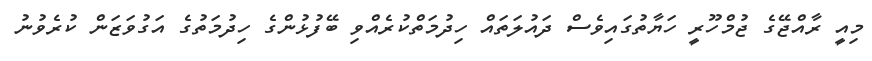
މިއީ ރާއްޖޭގެ ޖުމްހޫރީ ހަޔާތުގައިވެސް ދައުލަތައް ހިދުމަތްކުރެއްވި ބޭފުޅުންގެ ހިދުމަތުގެ އަގުވަޒަން ކުރެވުނު